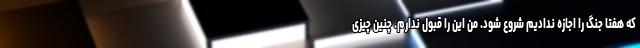
که هفتا جنگ را اجازه ندادیم شروع شود. من این را قبول ندارم. چنین چیزی